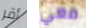
أقر معي